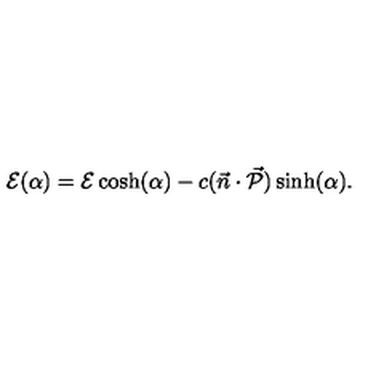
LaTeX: { \cal { E } } ( \alpha ) = { \cal { E } } \cosh ( \alpha ) - c ( \vec { n } \cdot \vec { \cal { P } } ) \sinh ( \alpha ) .